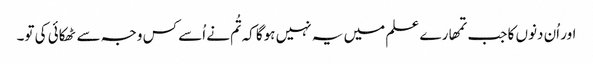
اور اُن دنوں کا جب تمھارے علم میں یہ نہیں ہوگا کہ تُم نے اُسے کس وجہ سے ٹھکائی کی تو۔